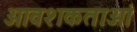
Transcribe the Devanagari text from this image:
आवशकताओं